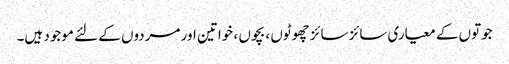
جوتوں کے معیاری سائز سائز چھوٹوں ، بچوں ، خواتین اور مردوں کے لئے موجود ہیں۔